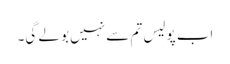
اب پولیس تم سے نہیں بولے گی۔